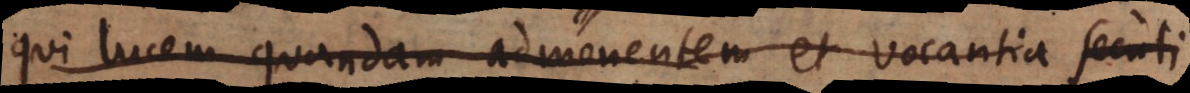
qui lucem quandam admonentem et vocantia secuti